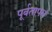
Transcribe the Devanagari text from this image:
पूर्वतापन